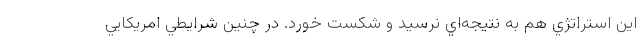
اين استراتژي هم به نتيجه‌اي نرسيد و شكست خورد. در چنين شرايطي امريكايي